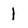
Character: 1